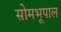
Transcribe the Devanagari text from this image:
सोमभूपाल